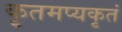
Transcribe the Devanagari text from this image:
कृतमप्यकृतं